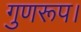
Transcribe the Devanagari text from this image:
गुणरूप।